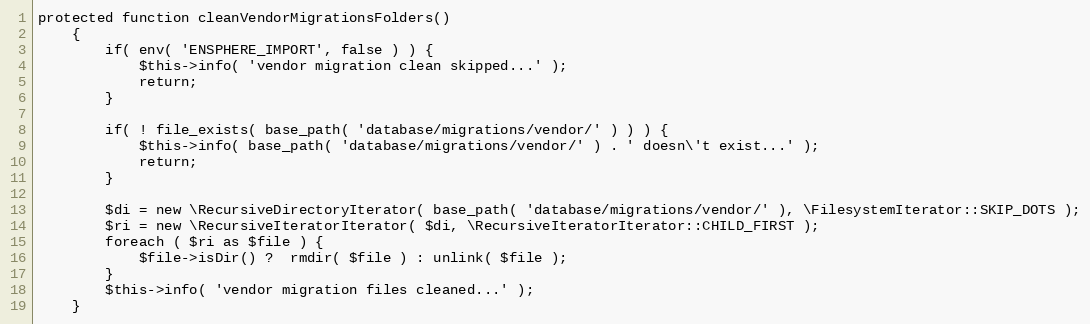
Language: PHP
protected function cleanVendorMigrationsFolders()
    {
        if( env( 'ENSPHERE_IMPORT', false ) ) {
            $this->info( 'vendor migration clean skipped...' );
            return;
        }

        if( ! file_exists( base_path( 'database/migrations/vendor/' ) ) ) {
            $this->info( base_path( 'database/migrations/vendor/' ) . ' doesn\'t exist...' );
            return;
        }

        $di = new \RecursiveDirectoryIterator( base_path( 'database/migrations/vendor/' ), \FilesystemIterator::SKIP_DOTS );
        $ri = new \RecursiveIteratorIterator( $di, \RecursiveIteratorIterator::CHILD_FIRST );
        foreach ( $ri as $file ) {
            $file->isDir() ?  rmdir( $file ) : unlink( $file );
        }
        $this->info( 'vendor migration files cleaned...' );
    }